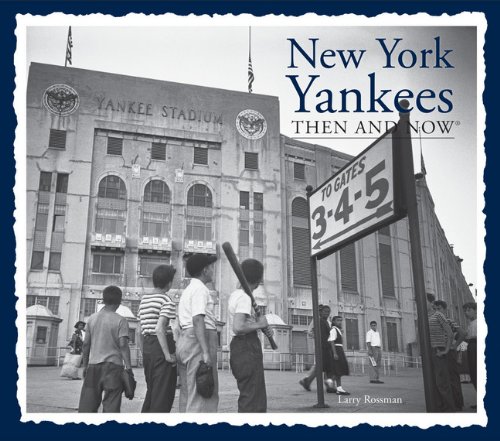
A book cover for New York Yankees Then and Now (Then & Now Thunder Bay); Larry Rossman; Arts & Photography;